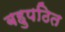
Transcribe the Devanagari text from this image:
बहुपठित